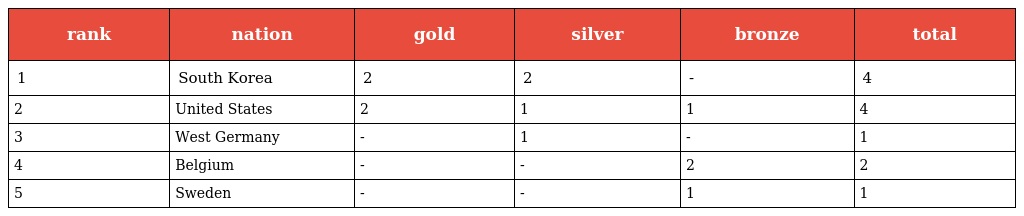
| rank | nation | gold | silver | bronze | total |
 | --- | --- | --- | --- | --- | --- |
 | 1 | South Korea | 2 | 2 | - | 4 |
 | 2 | United States | 2 | 1 | 1 | 4 |
 | 3 | West Germany | - | 1 | - | 1 |
 | 4 | Belgium | - | - | 2 | 2 |
 | 5 | Sweden | - | - | 1 | 1 |